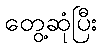
တွေ့ဆုံပြီး